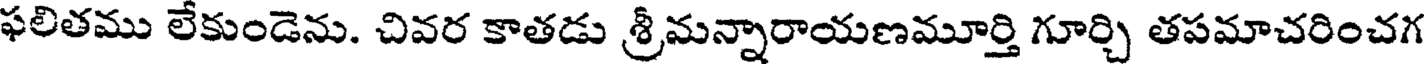
ఫలితము లేకుండెను. చివర కాతడు శ్రీమన్నారాయణమూర్తి గూర్చి తపమాచరించగ